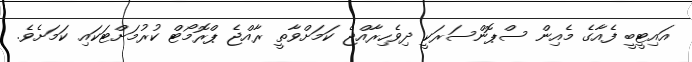
އައިޓީބީ ފެއާގެ މެއިން ސްޕޮންސަރަކީ ދިވެހިރާއްޖެ ކަމަށްވާތީ ރާއްޖެ ޕްރޮމޯޓް ކުރުމަށްޓަކައި ކަމަށެވެ.